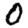
Digit: 0